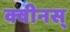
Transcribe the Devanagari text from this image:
क्वीनस्